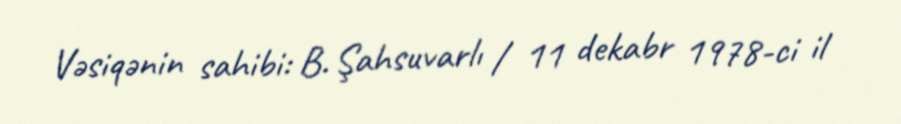
Vəsiqənin sahibi: B. Şahsuvarlı / 11 dekabr 1978-ci il